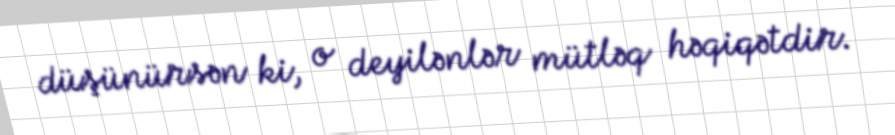
düşünürsən ki, o deyilənlər mütləq həqiqətdir.